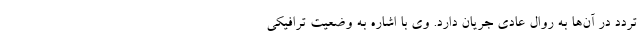
تردد در آن‌ها به روال عادی جریان دارد. وی با اشاره به وضعیت ترافیکی